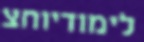
לימודיוחצ